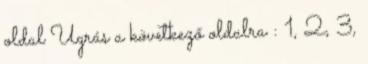
oldal Ugrás a következő oldalra : 1, 2, 3,